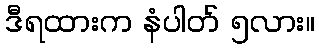
ဒီရထားက နံပါတ် ၅လား။